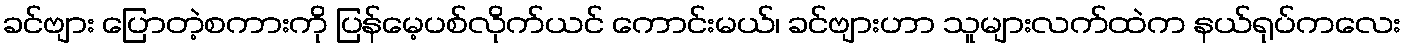
ခင်ဗျား ပြောတဲ့စကားကို ပြန်မေ့ပစ်လိုက်ယင် ကောင်းမယ်၊ ခင်ဗျားဟာ သူများလက်ထဲက နယ်ရုပ်ကလေး